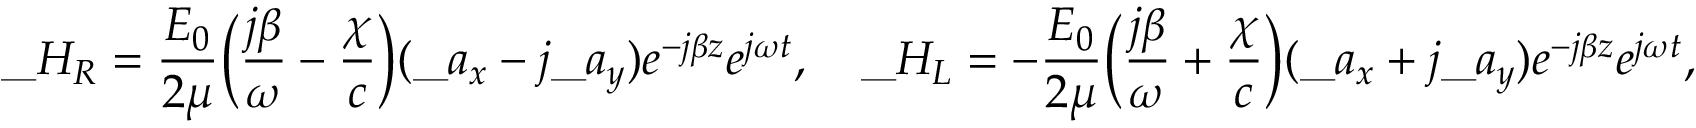
\_ H _ { \/ R } = { \frac { E _ { 0 } } { 2 \mu } } \Big ( { \frac { j \beta } { \omega } } - { \frac { \chi } { c } } \Big ) ( \_ a _ { x } - j \_ a _ { y } ) e ^ { - j \beta z } e ^ { j \omega t } , \quad \_ H _ { \/ L } = - { \frac { E _ { 0 } } { 2 \mu } } \Big ( { \frac { j \beta } { \omega } } + { \frac { \chi } { c } } \Big ) ( \_ a _ { x } + j \_ a _ { y } ) e ^ { - j \beta z } e ^ { j \omega t } ,